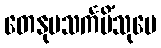
တေနုပသင်္ကမိံသုပေ